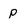
Character: p